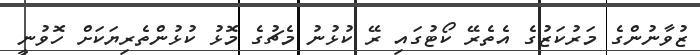
ޒުވާނުންގެ މަރުކަޒުގެ އެތެރޭ ކޯޓުގައި ރޭ ކުޅުނު މެޗުގެ މޮޅު ކުޅުންތެރިޔަކަށް ހޮވުނީ